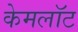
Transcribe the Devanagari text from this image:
केमलॉट